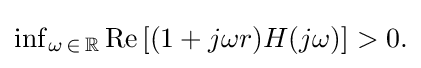
{\textstyle \inf _{\omega \,\in \,\mathbb {R} }\operatorname {Re} \left[(1+j\omega r)H(j\omega )\right]>0.}